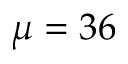
\mu = 3 6